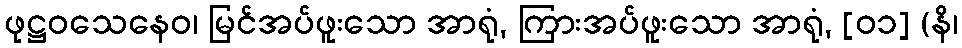
ဖုဋ္ဌဝသေနေဝ၊ မြင်အပ်ဖူးသော အာရုံ, ကြားအပ်ဖူးသော အာရုံ, [၀၁] (နိ၊